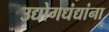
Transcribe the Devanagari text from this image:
उद्योगधंद्यांना